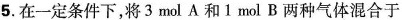
5.在一定条件下，将3 mol A和1 mol B两种气体混合于